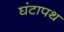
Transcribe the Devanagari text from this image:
घंटापथ